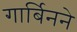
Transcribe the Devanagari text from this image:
गार्बिनने